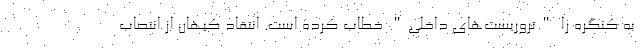
به کنگره را "تروریست‌های داخلی" خطاب کرده است. انتقاد کیهان از انتصاب